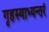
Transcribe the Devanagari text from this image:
गृहस्याभ्यन्तरं